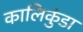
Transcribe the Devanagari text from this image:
कालिकुंडा